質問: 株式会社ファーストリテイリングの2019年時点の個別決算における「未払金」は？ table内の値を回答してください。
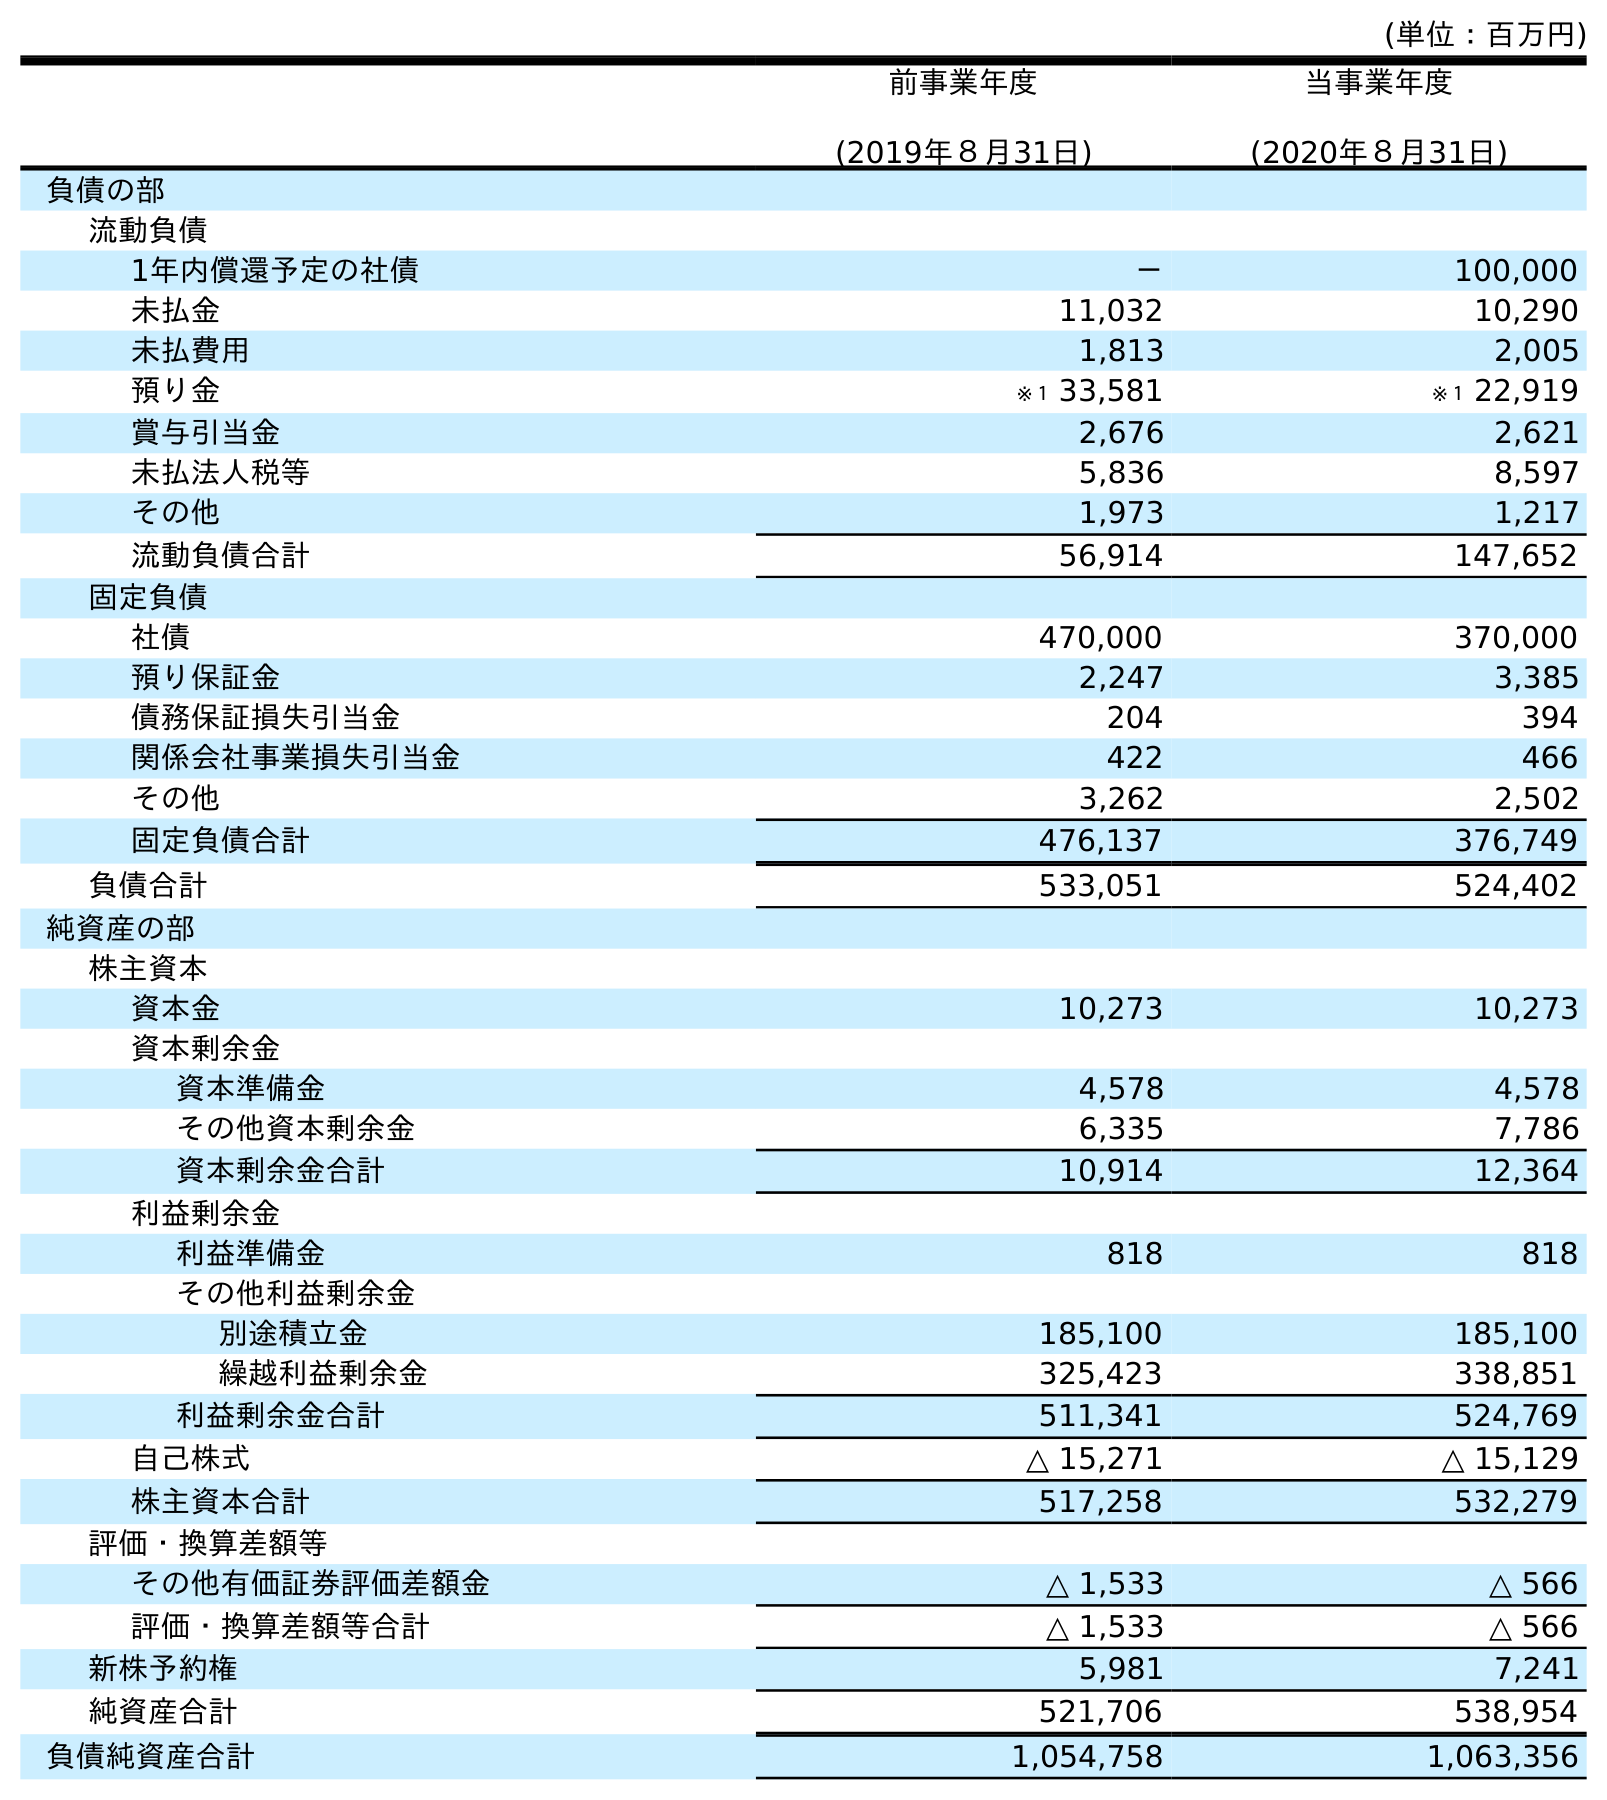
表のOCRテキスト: (単位：百万円) 前事業年度 (2019年８月31日) 当事業年度 (2020年８月31日) 負債の部 流動負債 1年内償還予定の社債 － 100,000 未払金 11,032 10,290 未払費用 1,813 2,005 預り金 ※１ 33,581 ※１ 22,919 賞与引当金 2,676 2,621 未払法人税等 5,836 8,597 その他 1,973 1,217 流動負債合計 56,914 147,652 固定負債 社債 470,000 370,000 預り保証金 2,247 3,385 債務保証損失引当金 204 394 関係会社事業損失引当金 422 466 その他 3,262 2,502 固定負債合計 476,137 376,749 負債合計 533,051 524,402 純資産の部 株主資本 資本金 10,273 10,273 資本剰余金 資本準備金 4,578 4,578 その他資本剰余金 6,335 7,786 資本剰余金合計 10,914 12,364 利益剰余金 利益準備金 818 818 その他利益剰余金 別途積立金 185,100 185,100 繰越利益剰余金 325,423 338,851 利益剰余金合計 511,341 524,769 自己株式 △ 15,271 △ 15,129 株主資本合計 517,258 532,279 評価・換算差額等 その他有価証券評価差額金 △ 1,533 △ 566 評価・換算差額等合計 △ 1,533 △ 566 新株予約権 5,981 7,241 純資産合計 521,706 538,954 負債純資産合計 1,054,758 1,063,356
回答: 11,032